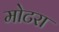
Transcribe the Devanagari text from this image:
मोटरा